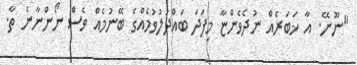
"ނޫނޭ. އާ ޚަބަރެއް ނުދެވެންޏާ މިފަދަ ބައްދަލުވުމެއްގެ ބޭނުމެއް ވެސް ނޯންނާނެ ތާ.